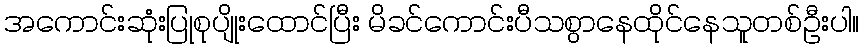
အကောင်းဆုံးပြုစုပျိုးထောင်ပြီး မိခင်ကောင်းပီသစွာနေထိုင်နေသူတစ်ဦးပါ။